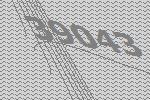
39043